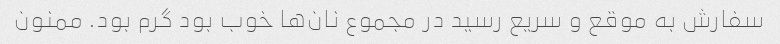
سفارش به موقع و سریع رسید در مجموع نان‌ها خوب بود گرم بود. ممنون